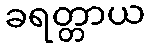
ခရတ္တာယ